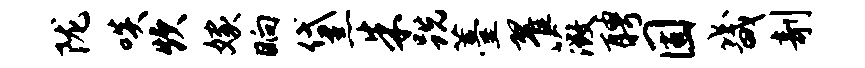
陇啖炊嫁晌黛朱跣薹翟薇聘固畿剞